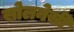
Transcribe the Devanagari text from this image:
सोलनेसी